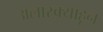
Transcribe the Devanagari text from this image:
अलास्क्याहून